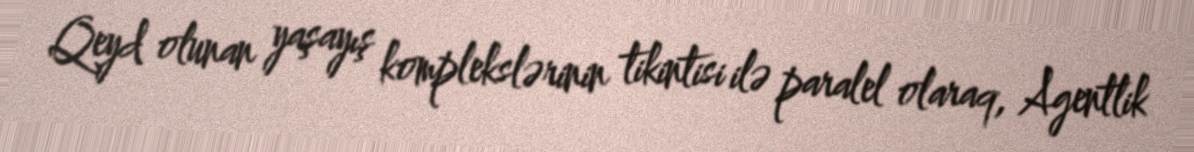
Qeyd olunan yaşayış komplekslərinin tikintisi ilə paralel olaraq, Agentlik